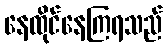
နေထိုင်နေကြရသည်